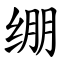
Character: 绷